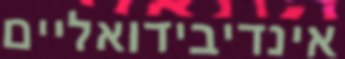
אינדיבידואליים